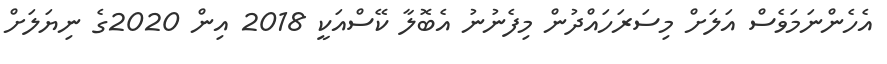
އެހެންނަމަވެސް އަލަށް މިސަރަހައްދުން މިފެނުނު އެބޮލާ ކޭސްއަކީ 2018 އިން 2020ގެ ނިޔަލަށް